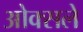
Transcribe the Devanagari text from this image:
ओक्सले